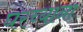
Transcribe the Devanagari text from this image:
घरच्याना